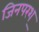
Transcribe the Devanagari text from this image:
जिनपरश्